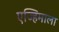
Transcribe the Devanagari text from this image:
एज्हिमाला